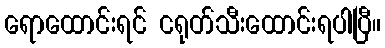
ရောထောင်းရင် ငရုတ်သီးထောင်းရပါပြီ။